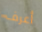
أعرف